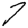
Digit: 7